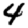
Digit: 4